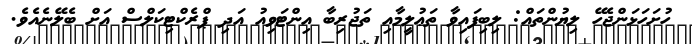
ހުށަހަޅަންޖެހޭ ލިޔުންތައް: ލިބިފައިވާ ތަޢުލީމާއި ތަޖުރިބާ އިންޓަވިއު އަދި ޕްރެކްޓިކަލްސް އަށް ބެލޭނެއެވެ.